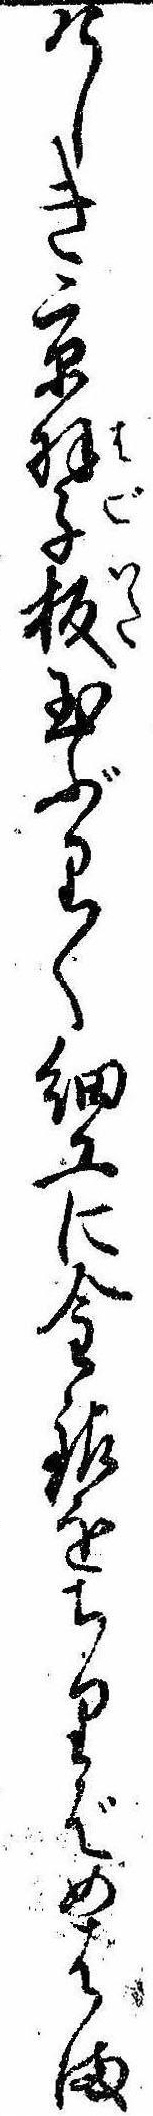
けしき京羽子板玉ぶり〱細工に金銀をちりばめはま